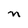
Character: n